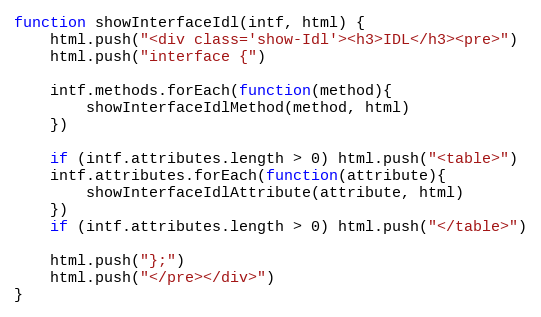
Language: JavaScript
function showInterfaceIdl(intf, html) {
    html.push("<div class='show-Idl'><h3>IDL</h3><pre>")
    html.push("interface {")

    intf.methods.forEach(function(method){
        showInterfaceIdlMethod(method, html)
    })

    if (intf.attributes.length > 0) html.push("<table>")
    intf.attributes.forEach(function(attribute){
        showInterfaceIdlAttribute(attribute, html)
    })
    if (intf.attributes.length > 0) html.push("</table>")

    html.push("};")
    html.push("</pre></div>")
}